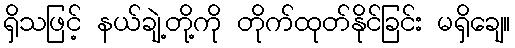
ရှိသဖြင့် နယ်ချဲ့တို့ကို တိုက်ထုတ်နိုင်ခြင်း မရှိချေ။